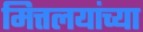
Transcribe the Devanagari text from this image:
मित्तलयांच्या